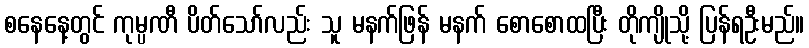
စနေနေ့တွင် ကုမ္ပဏီ ပိတ်သော်လည်း သူ မနက်ဖြန် မနက် စောစောထပြီး တိုကျိုသို့ ပြန်ရဦးမည်။